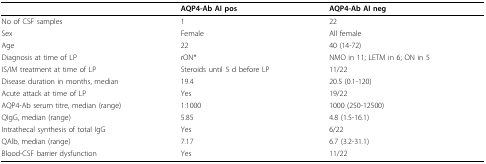
<table><thead><tr><td></td><td><b>AQP4-Ab AI pos</b></td><td><b>AQP4-Ab AI neg</b></td></tr></thead><tbody><tr><td>No of CSF samples</td><td>1</td><td>22</td></tr><tr><td>Sex</td><td>Female</td><td>All female</td></tr><tr><td>Age</td><td>22</td><td>40 (14-72)</td></tr><tr><td>Diagnosis at time of LP</td><td>rON*</td><td>NMO in 11; LETM in 6; ON in 5</td></tr><tr><td>IS/IM treatment at time of LP</td><td>Steroids until 5 d before LP</td><td>11/22</td></tr><tr><td>Disease duration in months, median</td><td>19.4</td><td>20.5 (0.1-120)</td></tr><tr><td>Acute attack at time of LP</td><td>Yes</td><td>19/22</td></tr><tr><td>AQP4-Ab serum titre, median (range)</td><td>1:1000</td><td>1000 (250-12500)</td></tr><tr><td>QIgG, median (range)</td><td>5.85</td><td>4.8 (1.5-16.1)</td></tr><tr><td>Intrathecal synthesis of total IgG</td><td>Yes</td><td>6/22</td></tr><tr><td>QAlb, median (range)</td><td>7.17</td><td>6.7 (3.2-31.1)</td></tr><tr><td>Blood-CSF barrier dysfunction</td><td>Yes</td><td>11/22</td></tr></tbody></table>